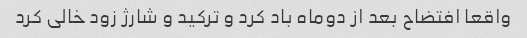
واقعا افتضاح بعد از دوماه باد کرد و ترکید و شارژ زود خالی کرد